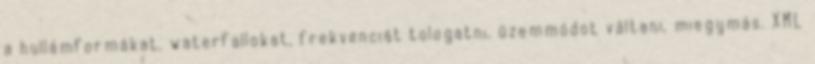
a hullámformákat, waterfallokat, frekvenciát tologatni, üzemmódot váltani, miegymás. XML